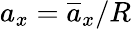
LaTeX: a_{x}=\overline{{a}}_{x}/R